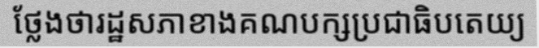
ថ្លែងថារដ្ឋសភាខាងគណបក្សប្រជាធិបតេយ្យ